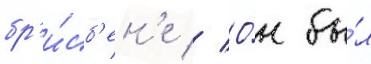
бр'и́сб'ен'е // О́н бы́л